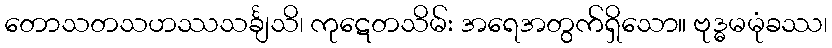
တောသတသဟဿသင်္ချသိ၊ ကုဋေတသိမ်း အရေအတွက်ရှိသော။ ဗုဒ္ဓမမုံခဿ၊